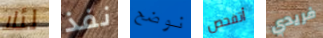
لئلا نفذ نوضح أتفحص فريدي